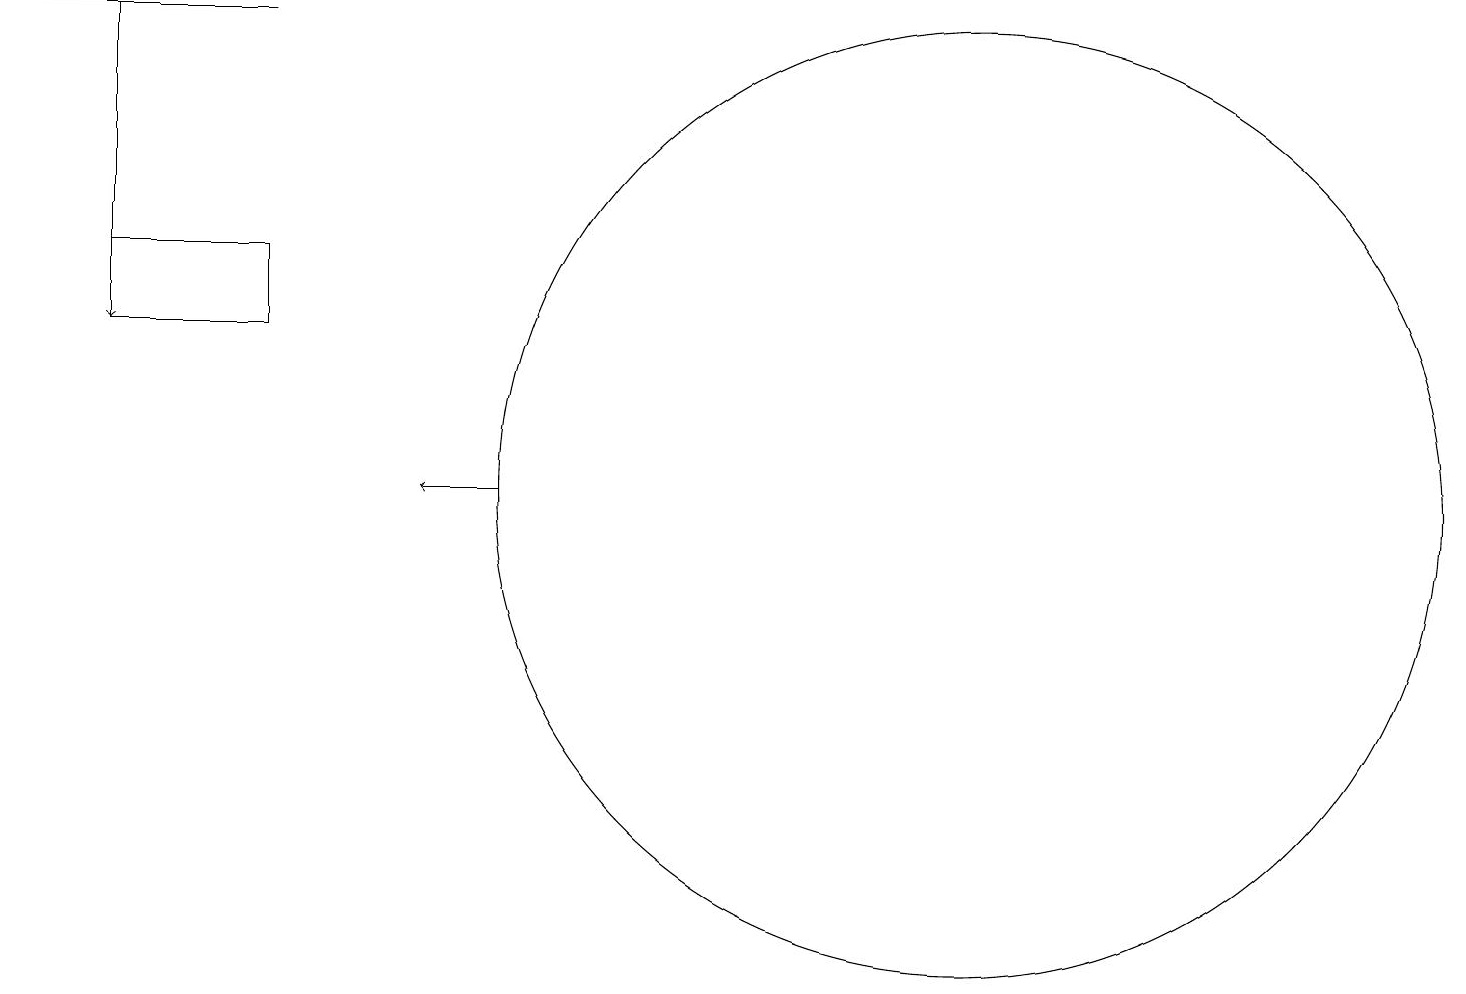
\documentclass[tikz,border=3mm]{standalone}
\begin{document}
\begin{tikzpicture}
\draw[->] (1,16) -- (1,12);
\draw (1,13) rectangle (3,12);
\draw[->] (6,10) -- (5,10);
\draw (12,10) circle (6);
\draw (3,16) rectangle (0,16);
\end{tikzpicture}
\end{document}